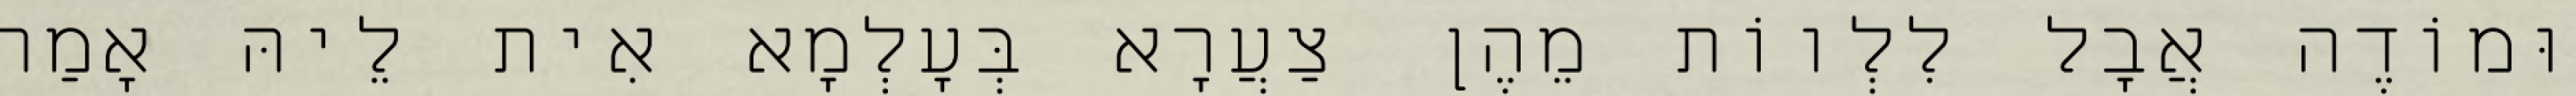
וּמוֹדֶה אֲבָל לִלְווֹת מֵהֶן צַעֲרָא בְּעָלְמָא אִית לֵיהּ אָמַר